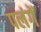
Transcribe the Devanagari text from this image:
पलंगें